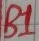
Text: B1